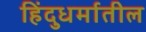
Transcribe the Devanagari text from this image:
हिंदुधर्मातील